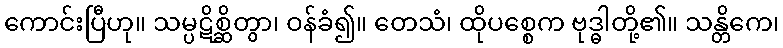
ကောင်းပြီဟု။ သမ္ပဋိစ္ဆိတွာ၊ ဝန်ခံ၍။ တေသံ၊ ထိုပစ္စေက ဗုဒ္ဓါတို့၏။ သန္တိကေ၊